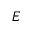
E